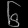
Digit: ၆